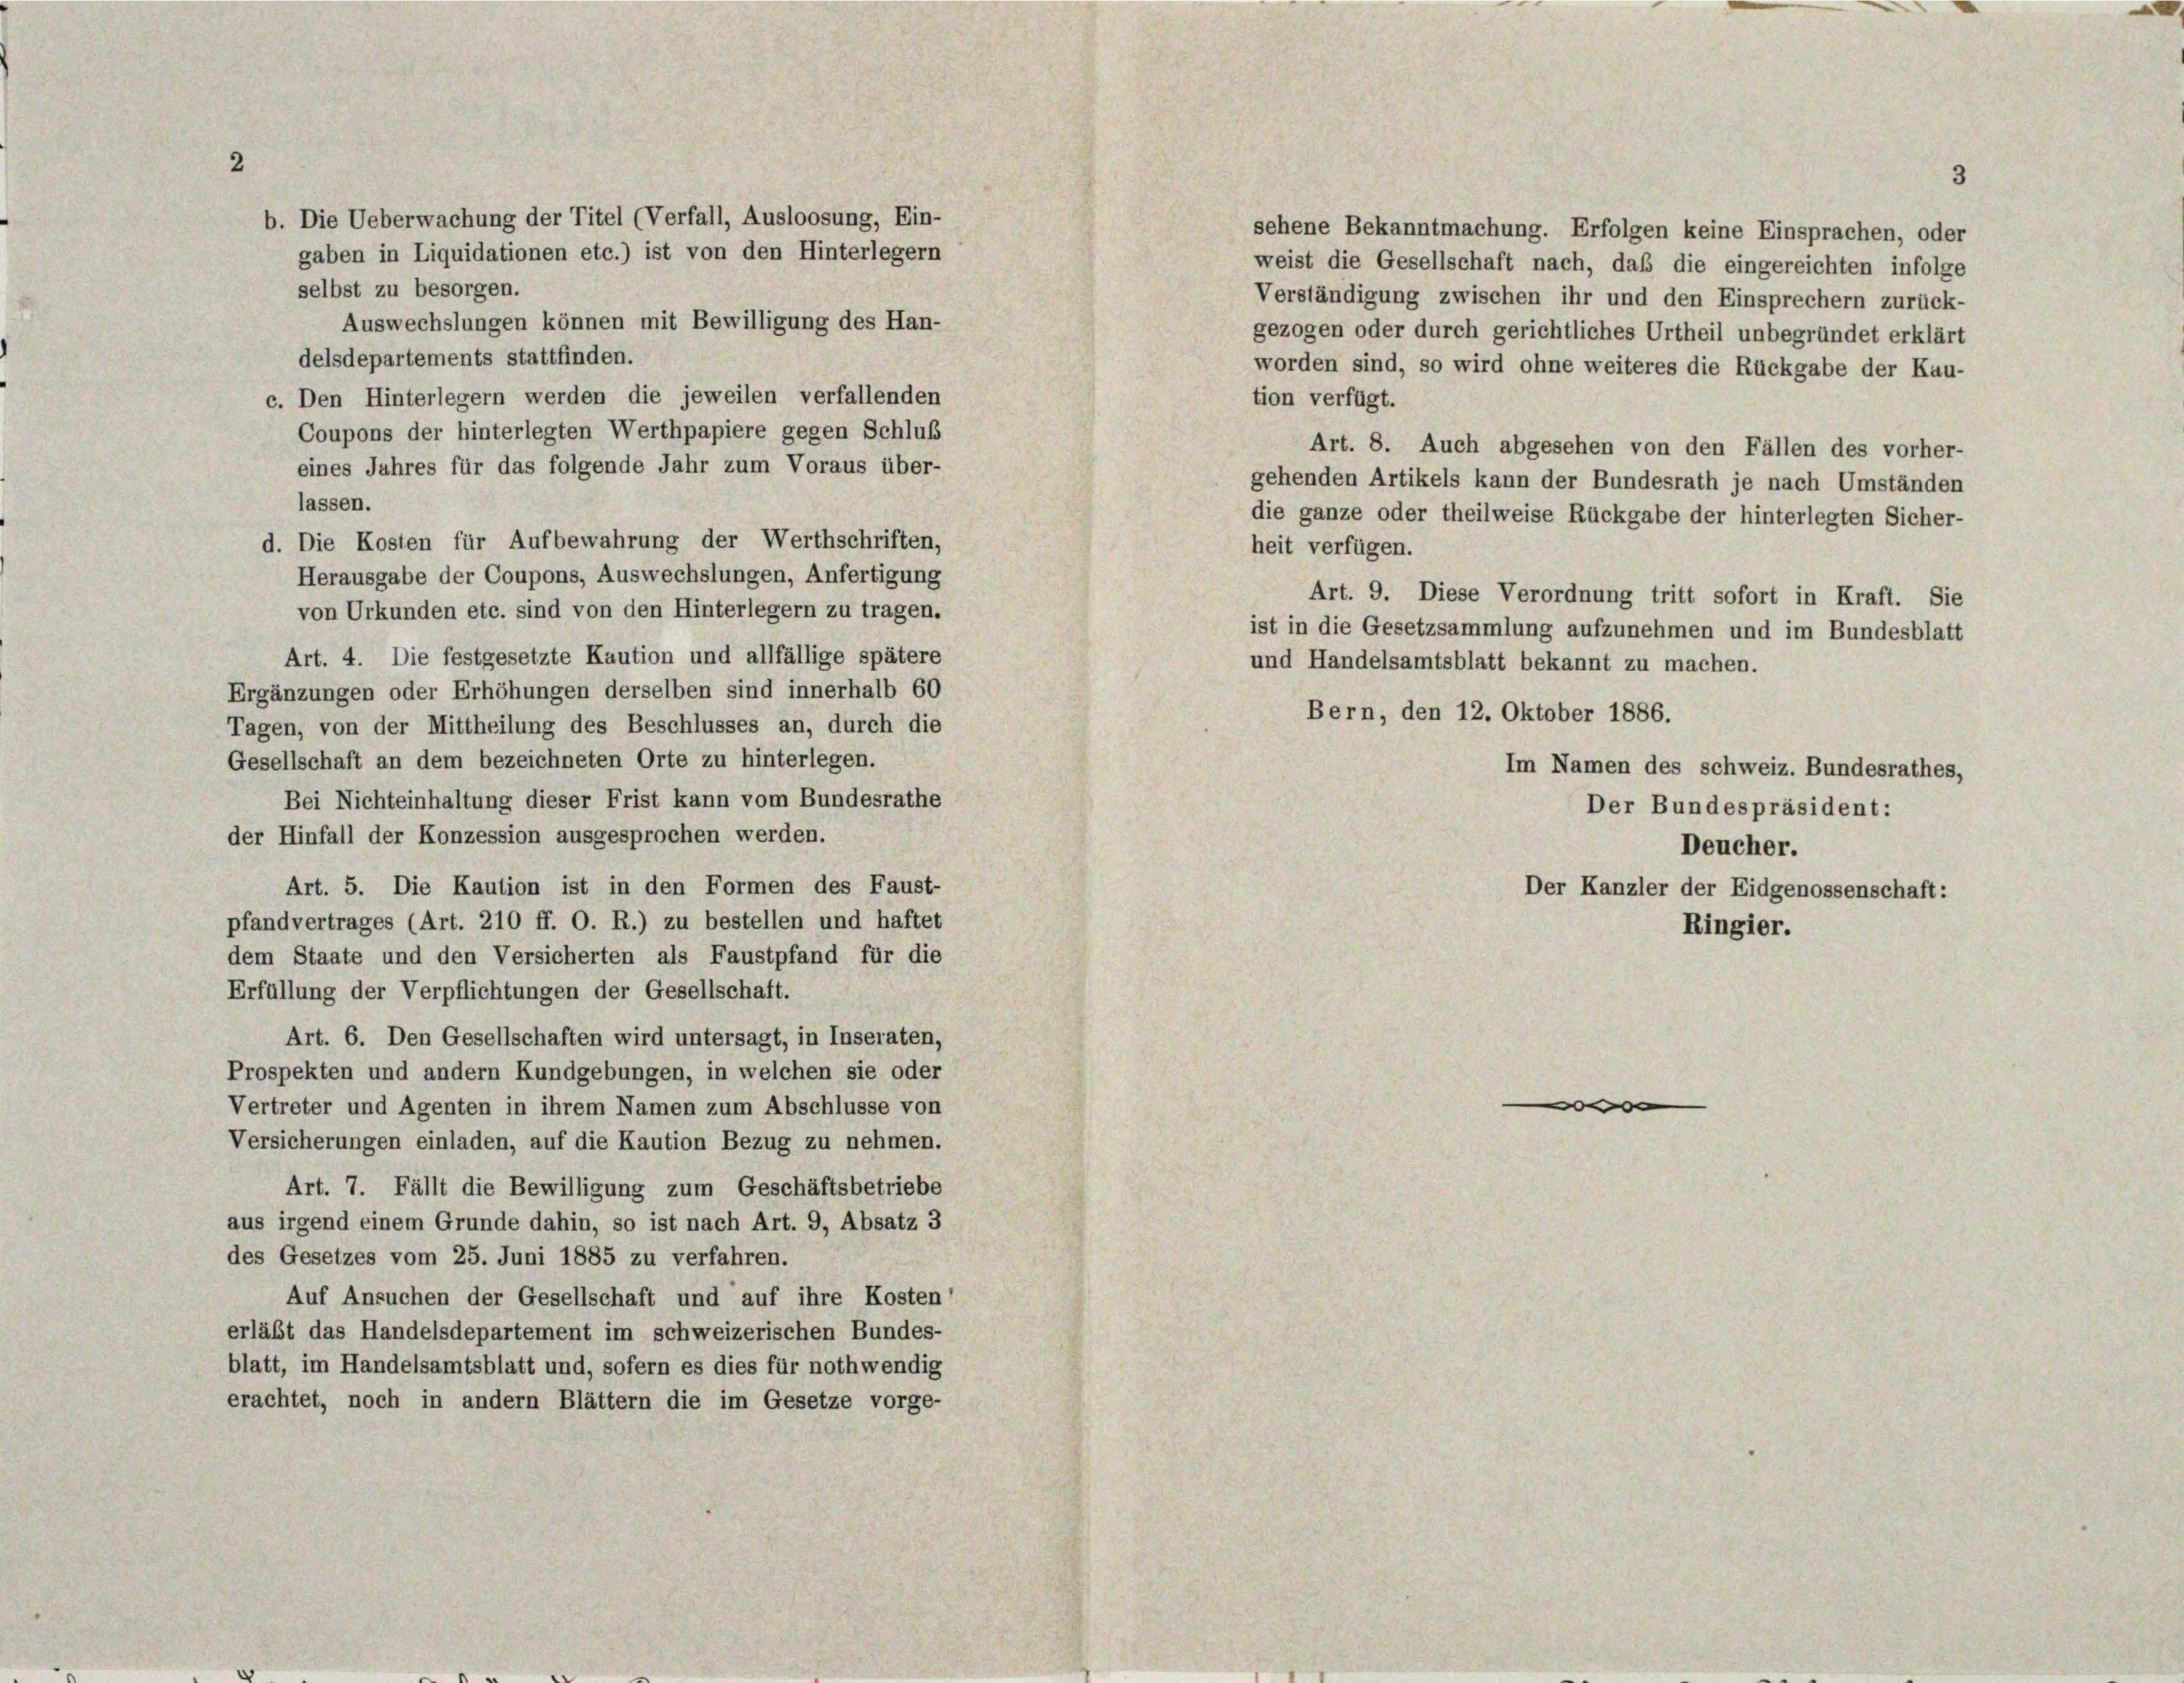
b. Die Ueberwachung der Titel (Verfall, Ausloosung, Ein-
gaben in Liquidationen etc.) ist von den Hinterlegern
selbst zu besorgen.
Auswechslungen können mit Bewilligung des Han-
delsdepartements stattfinden.
c. Den Hinterlegern werden die jeweilen verfallenden
Coupons der hinterlegten Werthpapiere gegen Schluß
eines Jahres für das folgende Jahr zum Voraus über-
lassen.
d. Die Kosten für Aufbewahrung der Werthschriften,
Herausgabe der Coupons, Auswechslungen, Anfertigung
von Urkunden etc. sind von den Hinterlegern zu tragen.
Art. 4. Die festgesetzte Kaution und allfällige spätere
Ergänzungen oder Erhöhungen derselben sind innerhalb 60
Tagen, von der Mittheilung des Beschlusses an, durch die
Gesellschaft an dem bezeichneten Orte zu hinterlegen.
Bei Nichteinhaltung dieser Frist kann vom Bundesrathe
der Hinfall der Konzession ausgesprochen werden.
Deucher.
Art. 5. Die Kaution ist in den Formen des Faust-
Der Kanzler der Eidgenossenschaft:
pfandvertrages (Art. 210 ff. O. R.) zu bestellen und haftet
Ringier.
dem Staate und den Versicherten als Faustpfand für die
Erfüllung der Verpflichtungen der Gesellschaft.
Art. 6. Den Gesellschaften wird untersagt, in Inseraten,
Prospekten und andern Kundgebungen, in welchen sie oder
o
Vertreter und Agenten in ihrem Namen zum Abschlüsse von
Versicherungen einladen, auf die Kaution Bezug zu nehmen.
Art. 7. Fällt die Bewilligung zum Geschäftsbetriebe
aus irgend einem Grunde dahin, so ist nach Art. 9, Absatz 3
des Gesetzes vom 25. Juni 1885 zu verfahren.
Auf Ansuchen der Gesellschaft und auf ihre Kosten
erläßt das Handelsdepartement im schweizerischen Bundes-
blatt, im Handelsamtsblatt und, sofern es dies für nothwendig
erachtet, noch in andern Blättern die im Gesetze vorge-

3
sehene Bekanntmachung. Erfolgen keine Einsprachen, oder
weist die Gesellschaft nach, daß die eingereichten infolge
Verständigung zwischen ihr und den Einsprechern zurück-
gezogen oder durch gerichtliches Urtheil unbegründet erklärt
worden sind, so wird ohne weiteres die Rückgabe der Kau-
tion verfügt.
Art. 8. Auch abgesehen von den Fällen des vorher-
gehenden Artikels kann der Bundesrath je nach Umständen
die ganze oder theilweise Rückgabe der hinterlegten Sicher-
heit verfügen.
Art. 9. Diese Verordnung tritt sofort in Kraft. Sie
ist in die Gesetzsammlung aufzunehmen und im Bundesblatt
und Handelsamtsblatt bekannt zu machen.
Bern, den 12. Oktober 1886.
Im Namen des schweiz. Bundesrathes,
Der Bundespräsident: